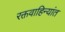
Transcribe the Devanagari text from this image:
रक्तवाहिन्यांत